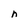
Character: n